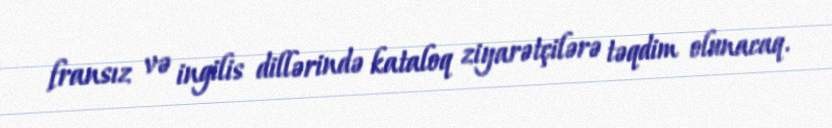
fransız və ingilis dillərində kataloq ziyarətçilərə təqdim olunacaq.